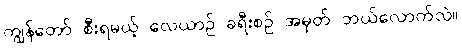
ကျွန်တော် စီးရမယ့် လေယာဉ် ခရီးစဉ် အမှတ် ဘယ်လောက်လဲ။